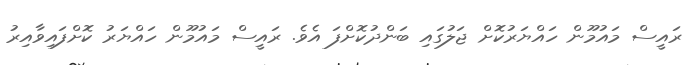
ރައީސް މައުމޫން ހައްޔަރުކޮށް ޖަލުގައި ބަންދުކޮށްފަ އެވެ. ރައީސް މައުމޫން ހައްޔަރު ކޮށްފައިވާއިރު